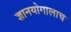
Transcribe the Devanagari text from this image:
ज्ञानयोगालाच